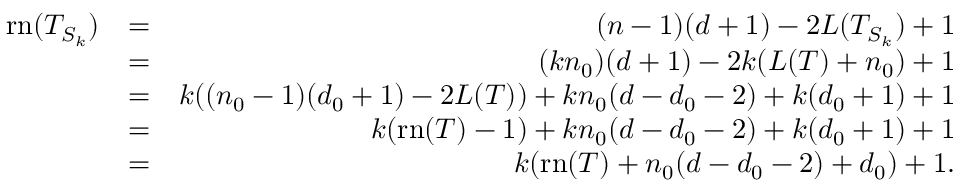
\begin{array} { r l r } { \mathrm { r n } ( T _ { S _ { k } } ) } & { = } & { ( n - 1 ) ( d + 1 ) - 2 L ( T _ { S _ { k } } ) + 1 } \\ & { = } & { ( k n _ { 0 } ) ( d + 1 ) - 2 k ( L ( T ) + n _ { 0 } ) + 1 } \\ & { = } & { k ( ( n _ { 0 } - 1 ) ( d _ { 0 } + 1 ) - 2 L ( T ) ) + k n _ { 0 } ( d - d _ { 0 } - 2 ) + k ( d _ { 0 } + 1 ) + 1 } \\ & { = } & { k ( \mathrm { r n } ( T ) - 1 ) + k n _ { 0 } ( d - d _ { 0 } - 2 ) + k ( d _ { 0 } + 1 ) + 1 } \\ & { = } & { k ( \mathrm { r n } ( T ) + n _ { 0 } ( d - d _ { 0 } - 2 ) + d _ { 0 } ) + 1 . } \end{array}